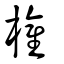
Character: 權